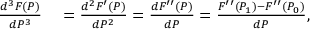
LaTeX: \begin{array} { r l } { { \frac { d ^ { 3 } F ( P ) } { d P ^ { 3 } } } } & { { } = { \frac { d ^ { 2 } F ^ { \prime } ( P ) } { d P ^ { 2 } } } = { \frac { d F ^ { \prime \prime } ( P ) } { d P } } = { \frac { F ^ { \prime \prime } ( P _ { 1 } ) - F ^ { \prime \prime } ( P _ { 0 } ) } { d P } } , } \end{array}